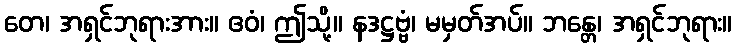
တေ၊ အရှင်ဘုရားအား။ ဧဝံ၊ ဤသို့။ နဒဋ္ဌဗ္ဗံ၊ မမှတ်အပ်။ ဘန္တေ၊ အရှင်ဘုရား။